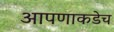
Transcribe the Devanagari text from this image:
आपणाकडेच